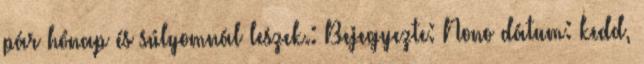
pár hónap és súlyomnál leszek.: Bejegyezte: Nono dátum: kedd,